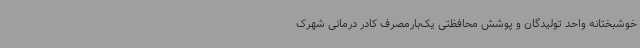
خوشبختانه واحد تولیدگان و پوشش محافظتی یک‌بارمصرف کادر درمانی شهرک